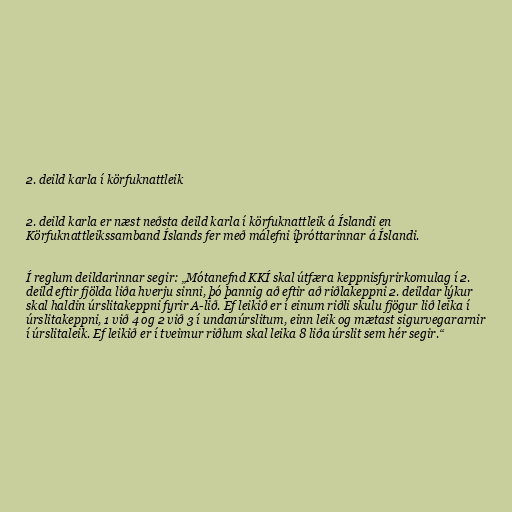
2. deild karla í körfuknattleik

2. deild karla er næst neðsta deild karla í körfuknattleik á Íslandi en
Körfuknattleikssamband Íslands fer með málefni íþróttarinnar á Íslandi.

Í reglum deildarinnar segir: „Mótanefnd KKÍ skal útfæra keppnisfyrirkomulag í 2.
deild eftir fjölda liða hverju sinni, þó þannig að eftir að riðlakeppni 2. deildar lýkur
skal haldin úrslitakeppni fyrir A-lið. Ef leikið er í einum riðli skulu fjögur lið leika í
úrslitakeppni, 1 við 4 og 2 við 3 í undanúrslitum, einn leik og mætast sigurvegararnir
í úrslitaleik. Ef leikið er í tveimur riðlum skal leika 8 liða úrslit sem hér segir.“